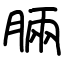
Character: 脼